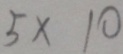
5 \times 1 0